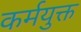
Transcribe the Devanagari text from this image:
कर्मयुक्त